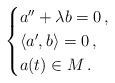
LaTeX: \begin{align*} \begin{cases} a''+\lambda b=0\,,\\ \langle a',b\rangle=0\,,\\ a(t)\in M\,. \end{cases}\end{align*}